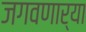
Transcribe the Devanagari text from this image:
जगवणार्‍या